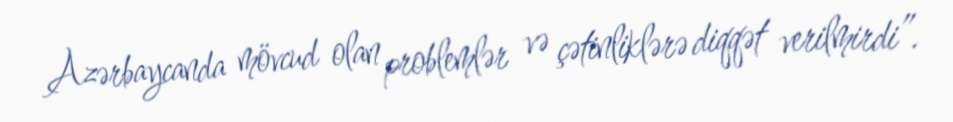
Azərbaycanda mövcud olan problemlər və çətinliklərə diqqət verilmirdi”.